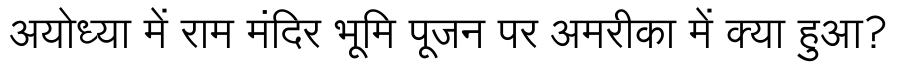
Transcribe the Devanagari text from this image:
अयोध्या में राम मंदिर भूमि पूजन पर अमरीका में क्या हुआ?